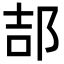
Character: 郆